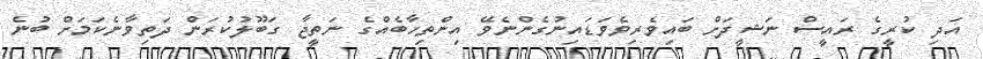
އަދި ކުރީގެ ރައީސް ނަޝީދަށް ބައިވެރިވެވަޑައިނުގެންނެވޭ އިންތިހާބެއްގެ ނަތީޖާ ގަބޫލުކުރަން ދަތިވާނެކަމަށް ބުނެ